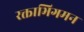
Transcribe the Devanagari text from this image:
रक्ताभिगमन